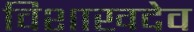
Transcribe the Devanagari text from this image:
विशाखदेव